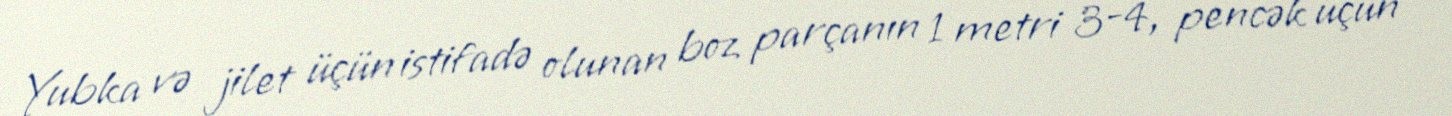
Yubka və jilet üçün istifadə olunan boz parçanın 1 metri 3-4, pencək üçün